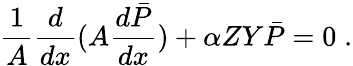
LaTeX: \frac{1}{A}\frac{d}{dx}(A\frac{d\bar{P}}{dx})+\alpha ZY\bar{P}=0\; .